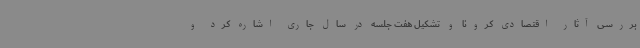
بررسی آثار اقتصادی کرونا و تشکیل هفت جلسه در سال جاری اشاره کرد و